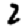
Digit: 2